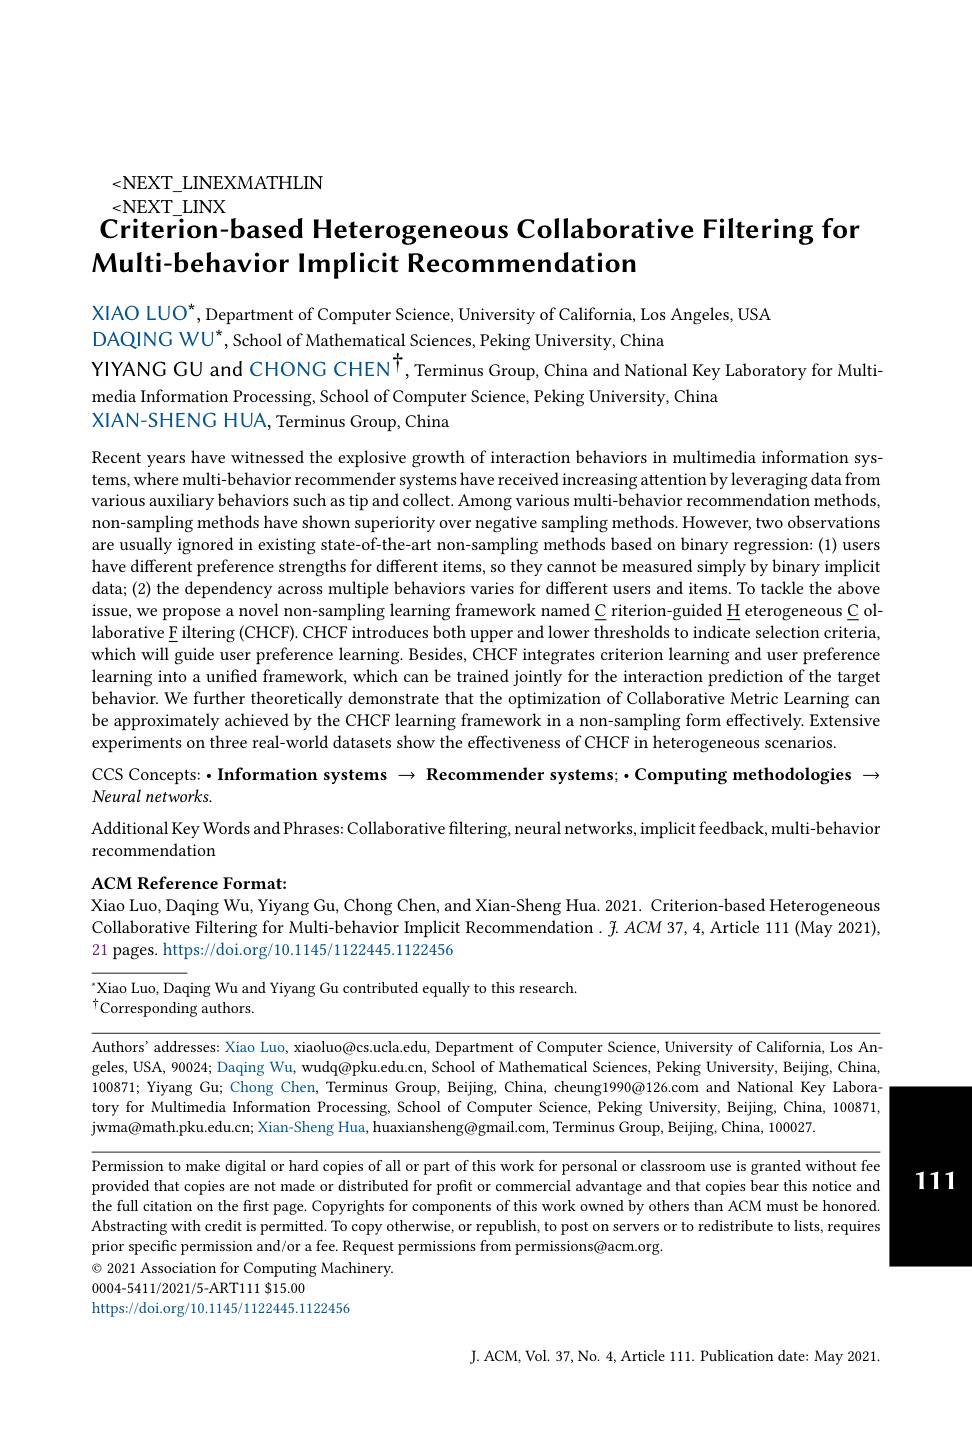
<NEXT\_LINEXMATHLN

# <NEXT\_LINX Criterion-based Heterogeneous Collaborative Filtering for Multi-behavior Implicit Recommendation

XIAO LUO$^*$,Department of Computer Science, University of California, Los Angeles, USA
DAQING WU*,School of Mathematical Sciences, Peking University, China
YIYANG GU and CHONG CHEN$^{\dagger}$, Terminus Group, China and National Key Laboratory for Multi-

media Information Processing, School of Computer Science, Peking University, China
XIAN-SHENG HUA, Terminus Group, China

Recent years have witnessed the explosive growth of interaction behaviors in multimedia information systems, where multi-behavior recommender systems have received increasing attention by leveraging data from various auxiliary behaviors such as tip and collect. Among various multi-behavior recommendation methods, non-sampling methods have shown superiority over negative sampling methods. However, two observations are usually ignored in existing state-of-the-art non-sampling methods based on binary regression: (1) users have different preference strengths for different items, so they cannot be measured simply by binary implicit data; (2) the dependency across multiple behaviors varies for different users and items. To tackle the above issue, we propose a novel non-sampling learning framework named C riterion-guided H eterogeneous C ollaborative\_F iltering (CHCF). CHCF introduces both upper and lower thresholds to indicate selection criteria, which will guide user preference learning. Besides, CHCF integrates criterion learning and user preference learning into a unifed framework, which can be trained jointly for the interaction prediction of the target behavior. We further theoretically demonstrate that the optimization of Collaborative Metric Learning can be approximately achieved by the CHCF learning framework in a non-sampling form effectively. Extensive experiments on three real-world datasets show the effectiveness of CHCF in heterogeneous scenarios.

CCS Concepts: ·Information systems $\to$ Recommender systems; $\bullet$ Computing methodologies $\to$

Neural networks.

Additional Key Words and Phrases: Collaborative filtering, neural networks, implicit feedback, multi-behavior
recommendation

${\mathbf{ACMReferenceFormat:}}$

Xiao Luo, Daqing Wu, Yiyang Gu, Chong Chen, and Xian-Sheng Hua. 2021. Criterion-based Heterogeneous Collaborative Filtering for Multi-behavior Implicit Recommendation $.\tilde{f}.ACM$ 37,4, Article 111 (May 2021),

Xiao Luo, Daqing Wu and Yiyang Gu contributed equally to this research.
$^{\dagger}$Corresponding authors.

Authors’addresses: Xiao Luo, xiaoluo@cs.ucla.edu, Department of Computer Science, University of California, Los Angeles, USA, 90024; Daqing Wu, wudq@pku.edu.cn, School of Mathematical Sciences, Peking University, Beijing, China, 100871; Yiyang Gu; Chong Chen, Terminus Group, Beijing, China, cheung1990@126.com and National Key Laboratory for Multimedia Information Processing, School of Computer Science, Peking University, Beijing, China, 100871, jwma@math.pku.edu.cn; Xian-Sheng Hua, huaxiansheng@gmail.com, Terminus Group, Beijing, China, 100027.

Permission to make digital or hard copies of all or part of this work for personal or classroom use is granted without fee provided that copies are not made or distributed for profit or commercial advantage and that copies bear this notice and the full citation on the first page. Copyrights for components of this work owned by others than ACM must be honored. Abstracting with credit is permitted. To copy otherwise, or republish, to post on servers or to redistribute to lists, requires prior specific permission and/or a fee. Request permissions from permissions@acm.org.
$\textcircled{\circ}$ 2021 Association for Computing Machinery.
0004-5411/2021/5-ART111 $15.00
https://doi.org/10.1145/1122445.1122456

1111

J. ACM, Vol. 37, No. 4, Article 111. Publication date: May 2021.